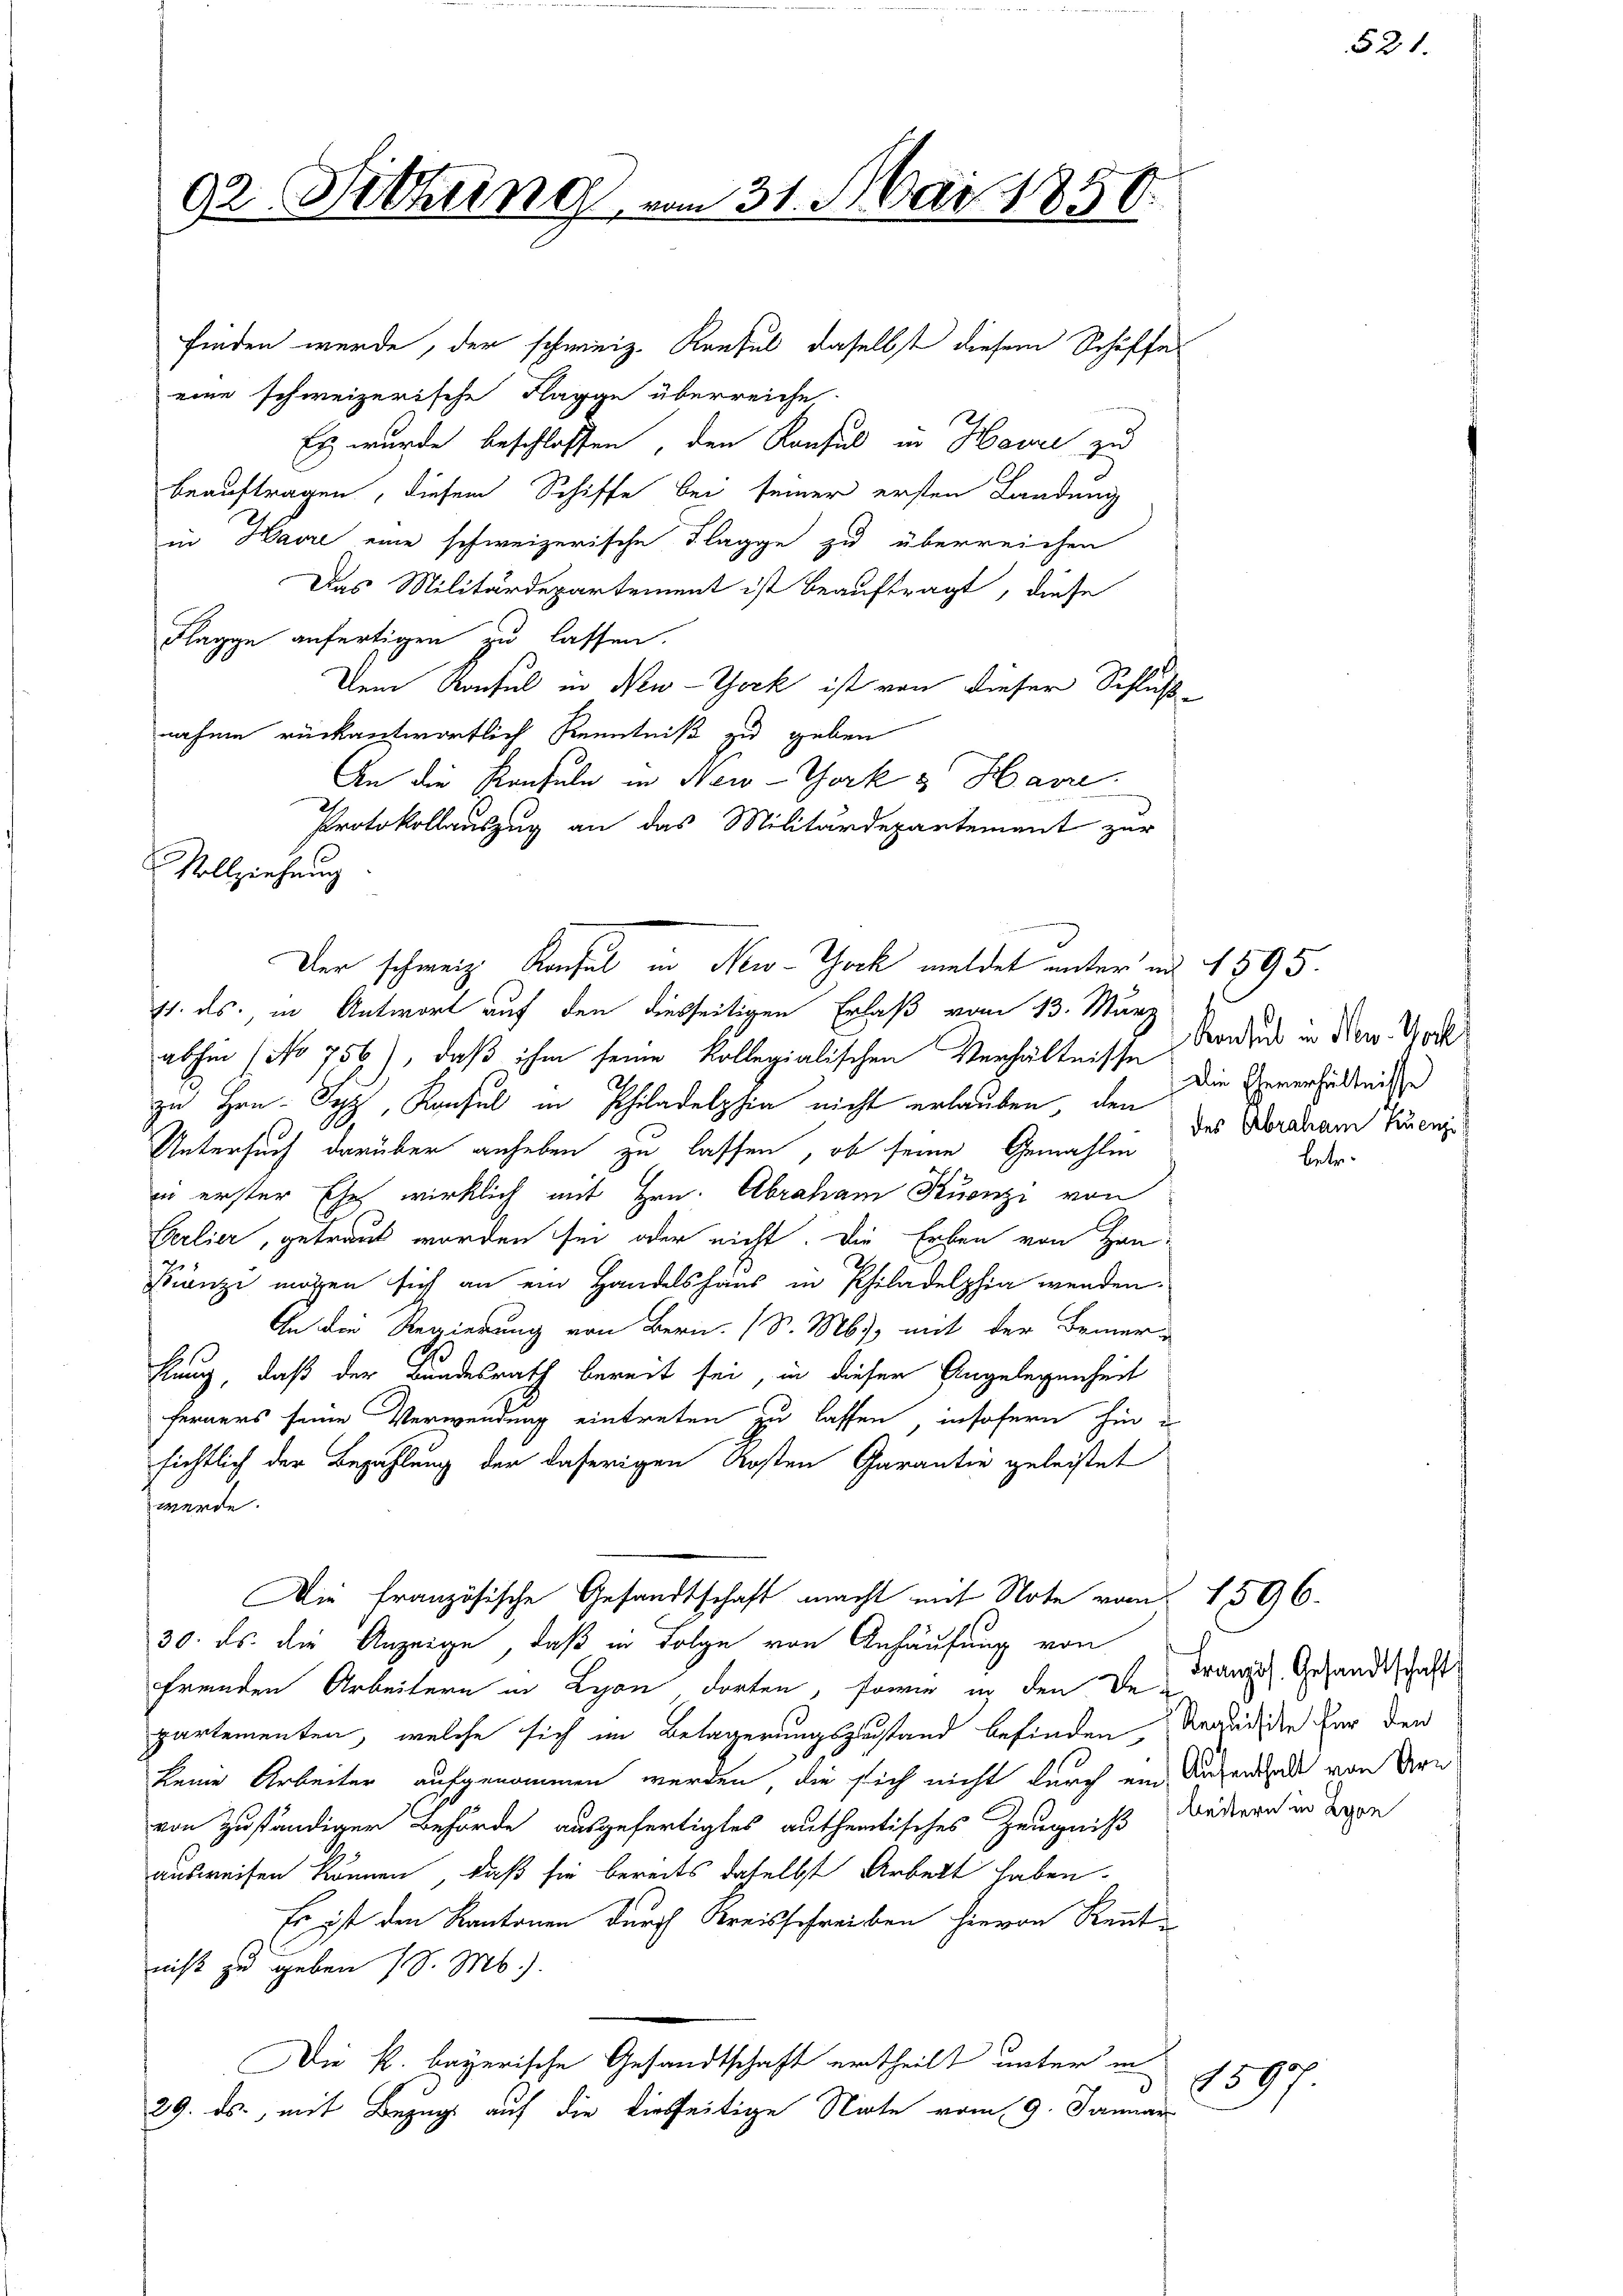
92 Fittung

finden werde, der schweiz. Konsul daselbst diesem Schiffes
eine schweizerische Flagge überreiche.
Es wurde beschlossen, den Konsul in Howie zu
beauftragen, diesem Schiffe bei seiner ersten Landung
in Havre eine schweizerische Klagge zu überreichen
Das Militärdepartement ist beauftragt, diese
Flagge anfertigen zu lassen.
Dem Konsul in New-York ist von dieser Schlußnahme rückantwortlich Kenntniß zu geben
An die Konfuln in New-York & Have
Protokollauszug an das Militärdepartement zur
Vollziehung

11. ds., in Antwort auf den diesseitigen Erlaß vom 13. März
abhin (No 756), daß ihm seine Kollegialischen Verhältnisse Ordnung in New. Und
zu Hrn. Typ, Kaufel in Philadelphia nicht erlauben, den
Untersuch darüber anheben zu lassen, ob seine Gemahlen
in erster Ehe wirklich mit Hrn. Abraham Kuonzi von
Gerlier, getraut worden sei oder nicht. Die Erben von Han¬
Franzi mögen sich an ein Handelshaus in Philadelphia wenden.
An die Regierung von Bern (S. Ms., mit der Bemerklang, daß der Bundesrath bereit sei, in dieser Angelegenheit
ferners seine Verwendung eintreten zu lassen, insofern hin i
sichtlich der Bezahlung der daherigen Kosten Garantie geleistet
werde.
Die französische Gesandtschaft macht mit Note vom 1596.
30. ds. die Anzeige, daß in Folge von Anhäufung von
fremden Arbeitern in Lyon dorten, sowie in den Be-
partementen, welche sich im Belagerungszustand befinden, Brandidee für den
keine Arbeiter aufgenommen werden, die sich nicht durch ein Aufenthal von Arn
von zuständiger Behörde ausgefertigtes autheitisches Zeugniß dedern in Lepe
ausweisen können, daß sie bereits daselbst Arbeit haben.
Es ist den Kantonen durch Kreisschreiben hievon Kennt
niß zu geben (S. M.).
Die k. bayerische Gesandtschaft ertheilt unter in
29. ds., mit Bezugs auf die diesseitige Note vom 19. Januar

Der schweiz. Konsul in New-York meldet unter und 1595.

vm 31. Mai 1850

Die Eheverhältnisse
des Abraham kuenzi

1597

s

bet

Französ. Gesandtschaft

21.